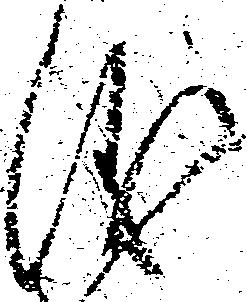
儀